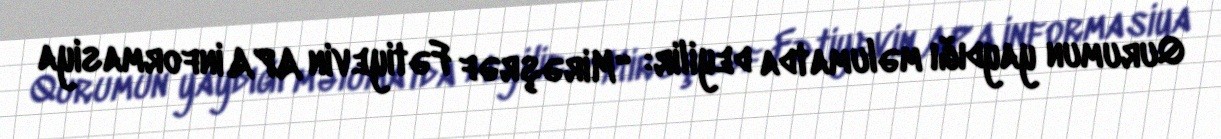
Qurumun yaydığı məlumatda deyilir: “Mirəşrəf Fətiyevin APA informasiya